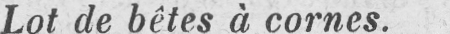
Lot de bêtes à cornes.